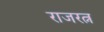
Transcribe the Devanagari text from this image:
राजरत्न